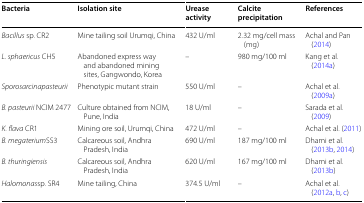
<table><thead><tr><td><b>Bacteria</b></td><td><b>Isolation site</b></td><td><b>Urease activity</b></td><td><b>Calcite precipitation</b></td><td><b>References</b></td></tr></thead><tbody><tr><td><i>Bacillus</i> sp. CR2</td><td>Mine tailing soil Urumqi, China</td><td>432 U/ml</td><td>2.32 mg/cell mass (mg)</td><td>Achal and Pan (2014)</td></tr><tr><td><i>L. sphaericus</i> CH5</td><td>Abandoned express way and abandoned mining sites, Gangwondo, Korea</td><td>–</td><td>980 mg/100 ml</td><td>Kang et al. (2014a)</td></tr><tr><td><i>Sporosarcinapasteurii</i></td><td>Phenotypic mutant strain</td><td>550 U/ml</td><td>–</td><td>Achal et al. (2009a)</td></tr><tr><td><i>B. pasteurii</i> NCIM 2477</td><td>Culture obtained from NCIM, Pune, India</td><td>18 U/ml</td><td>–</td><td>Sarada et al. (2009)</td></tr><tr><td><i>K. flava</i> CR1</td><td>Mining ore soil, Urumqi, China</td><td>472 U/ml</td><td>–</td><td>Achal et al. (2011)</td></tr><tr><td><i>B. megaterium</i>SS3</td><td>Calcareous soil, Andhra Pradesh, India</td><td>690 U/ml</td><td>187 mg/100 ml</td><td>Dhami et al. (2013b, 2014)</td></tr><tr><td><i>B. thuringiensis</i></td><td>Calcareous soil, Andhra Pradesh, India</td><td>620 U/ml</td><td>167 mg/100 ml</td><td>Dhami et al. (2013b)</td></tr><tr><td><i>Halomonas</i>sp. SR4</td><td>Mine tailing, China</td><td>374.5 U/ml</td><td>–</td><td>Achal et al. (2012a, b, c)</td></tr></tbody></table>